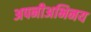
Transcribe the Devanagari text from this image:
अपनीअभिनय